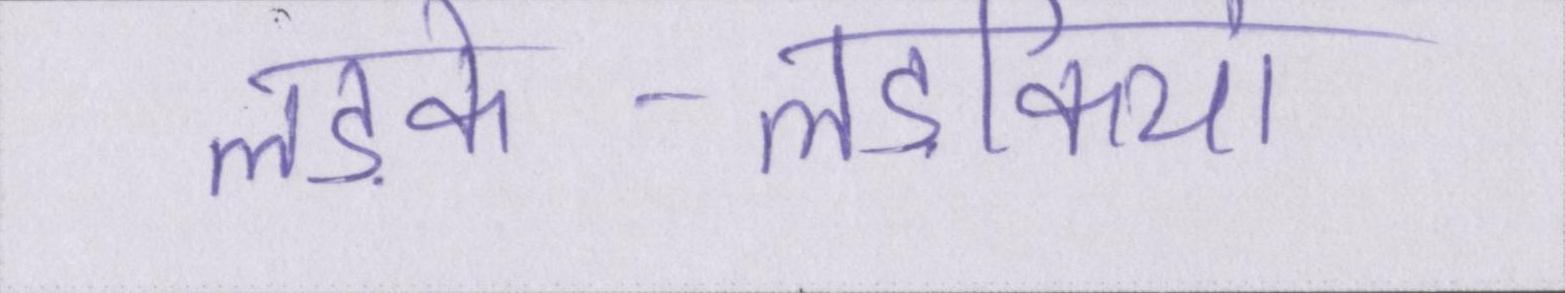
लड़के-लड़कियां